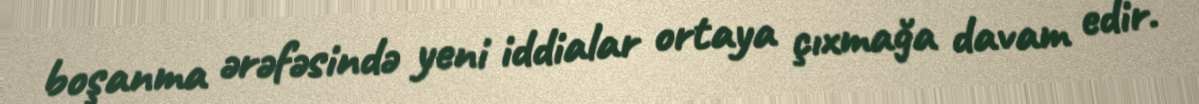
boşanma ərəfəsində yeni iddialar ortaya çıxmağa davam edir.